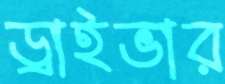
ড্রাইভার